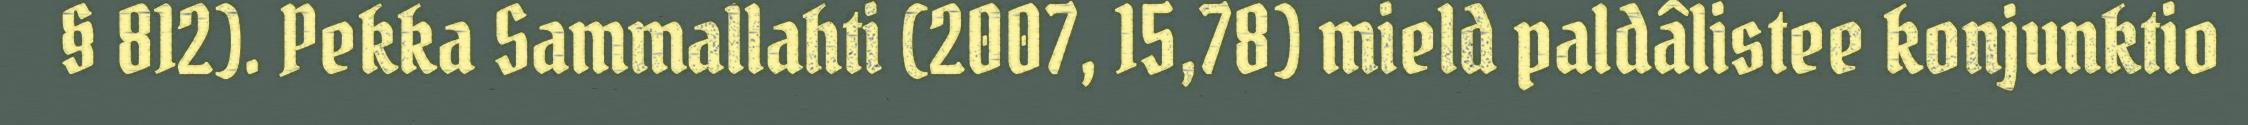
§ 812). Pekka Sammallahti (2007, 15,78) mield paldâlistee konjunktio